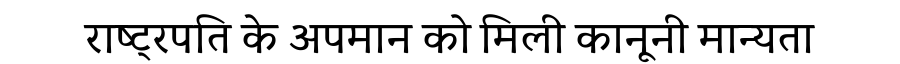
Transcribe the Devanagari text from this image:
राष्ट्रपति के अपमान को मिली कानूनी मान्यता